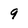
Character: 9